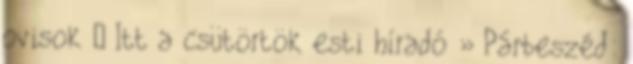
ovisok – Itt a csütörtök esti híradó » Párbeszéd: